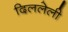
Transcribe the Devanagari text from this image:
दिललेली